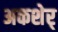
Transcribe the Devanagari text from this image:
अकशेर्